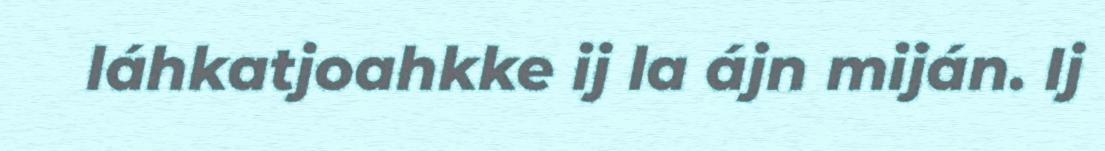
láhkatjoahkke ij la ájn miján. Ij